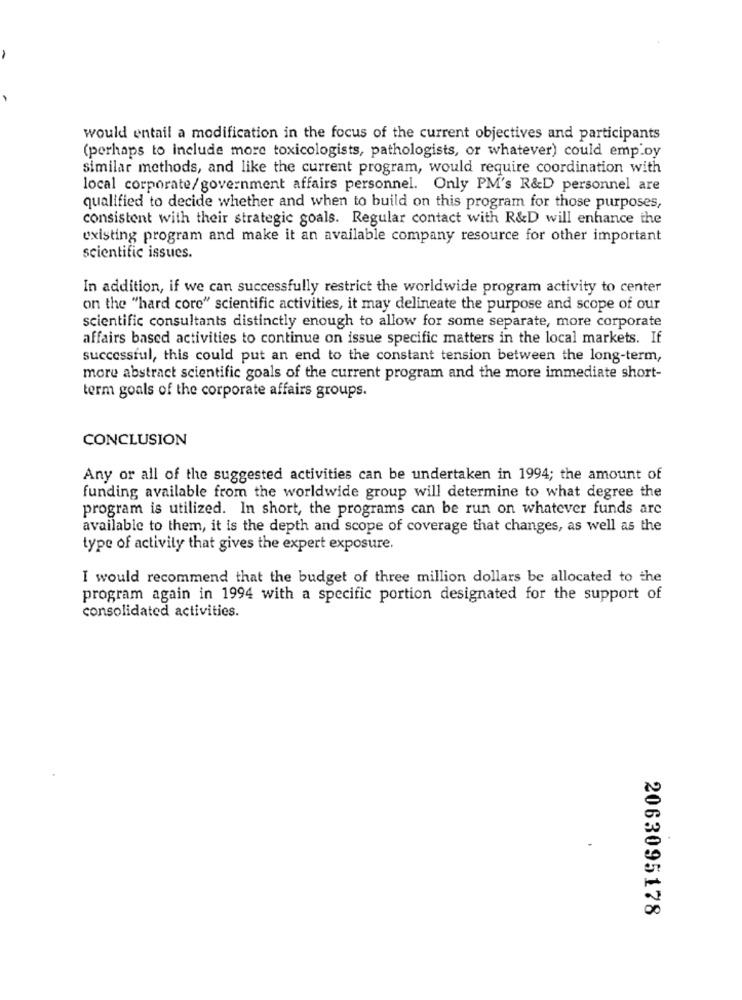
would entail a modification in the focus of the current objectives and participants
(perhaps to include more toxicologists, pathologists, or whatever) could emp.oy
similar methods, and like the current program, would require coordination with
local corporate/government affairs personnel. Only PM's R&D personnel are
qualified to decide whether and when to build on this program for those purposes,
consistent with their strategic goals. Regular contact with R&D will enhance the
existing program and make it an available company resource for other important
scientific issues.
In addition, if we can successfully restrict the worldwide program activity to center
on the "hard core" scientific activities, it may delineate the purpose and scope of our
scientific consultants distinctly enough to allow for some separate, more corporate
affairs based activities to continue on issue specific matters in the local markets. If
successful, this could put an end to the constant tension between the long-term,
more abstract scientific goals of the current program and the more immediate short-
term goals of the corporate affairs groups.
CONCLUSION
Any or all of the suggested activities can be undertaken in 1994; the amount of
funding available from the worldwide group will determine to what degree the
program is utilized. In short, the programs can be run on whatever funds are
available to them, it is the depth and scope of coverage that changes, as well as the
type of activity that gives the expert exposure.
I would recommend that the budget of three million dollars be allocated to the
program again in 1994 with a specific portion designated for the support of
consolidated activities.
2063095178